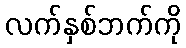
လက်နှစ်ဘက်ကို